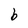
Character: b